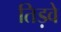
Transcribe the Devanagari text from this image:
तिड़वे